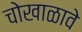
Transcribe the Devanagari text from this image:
चोखाळावे